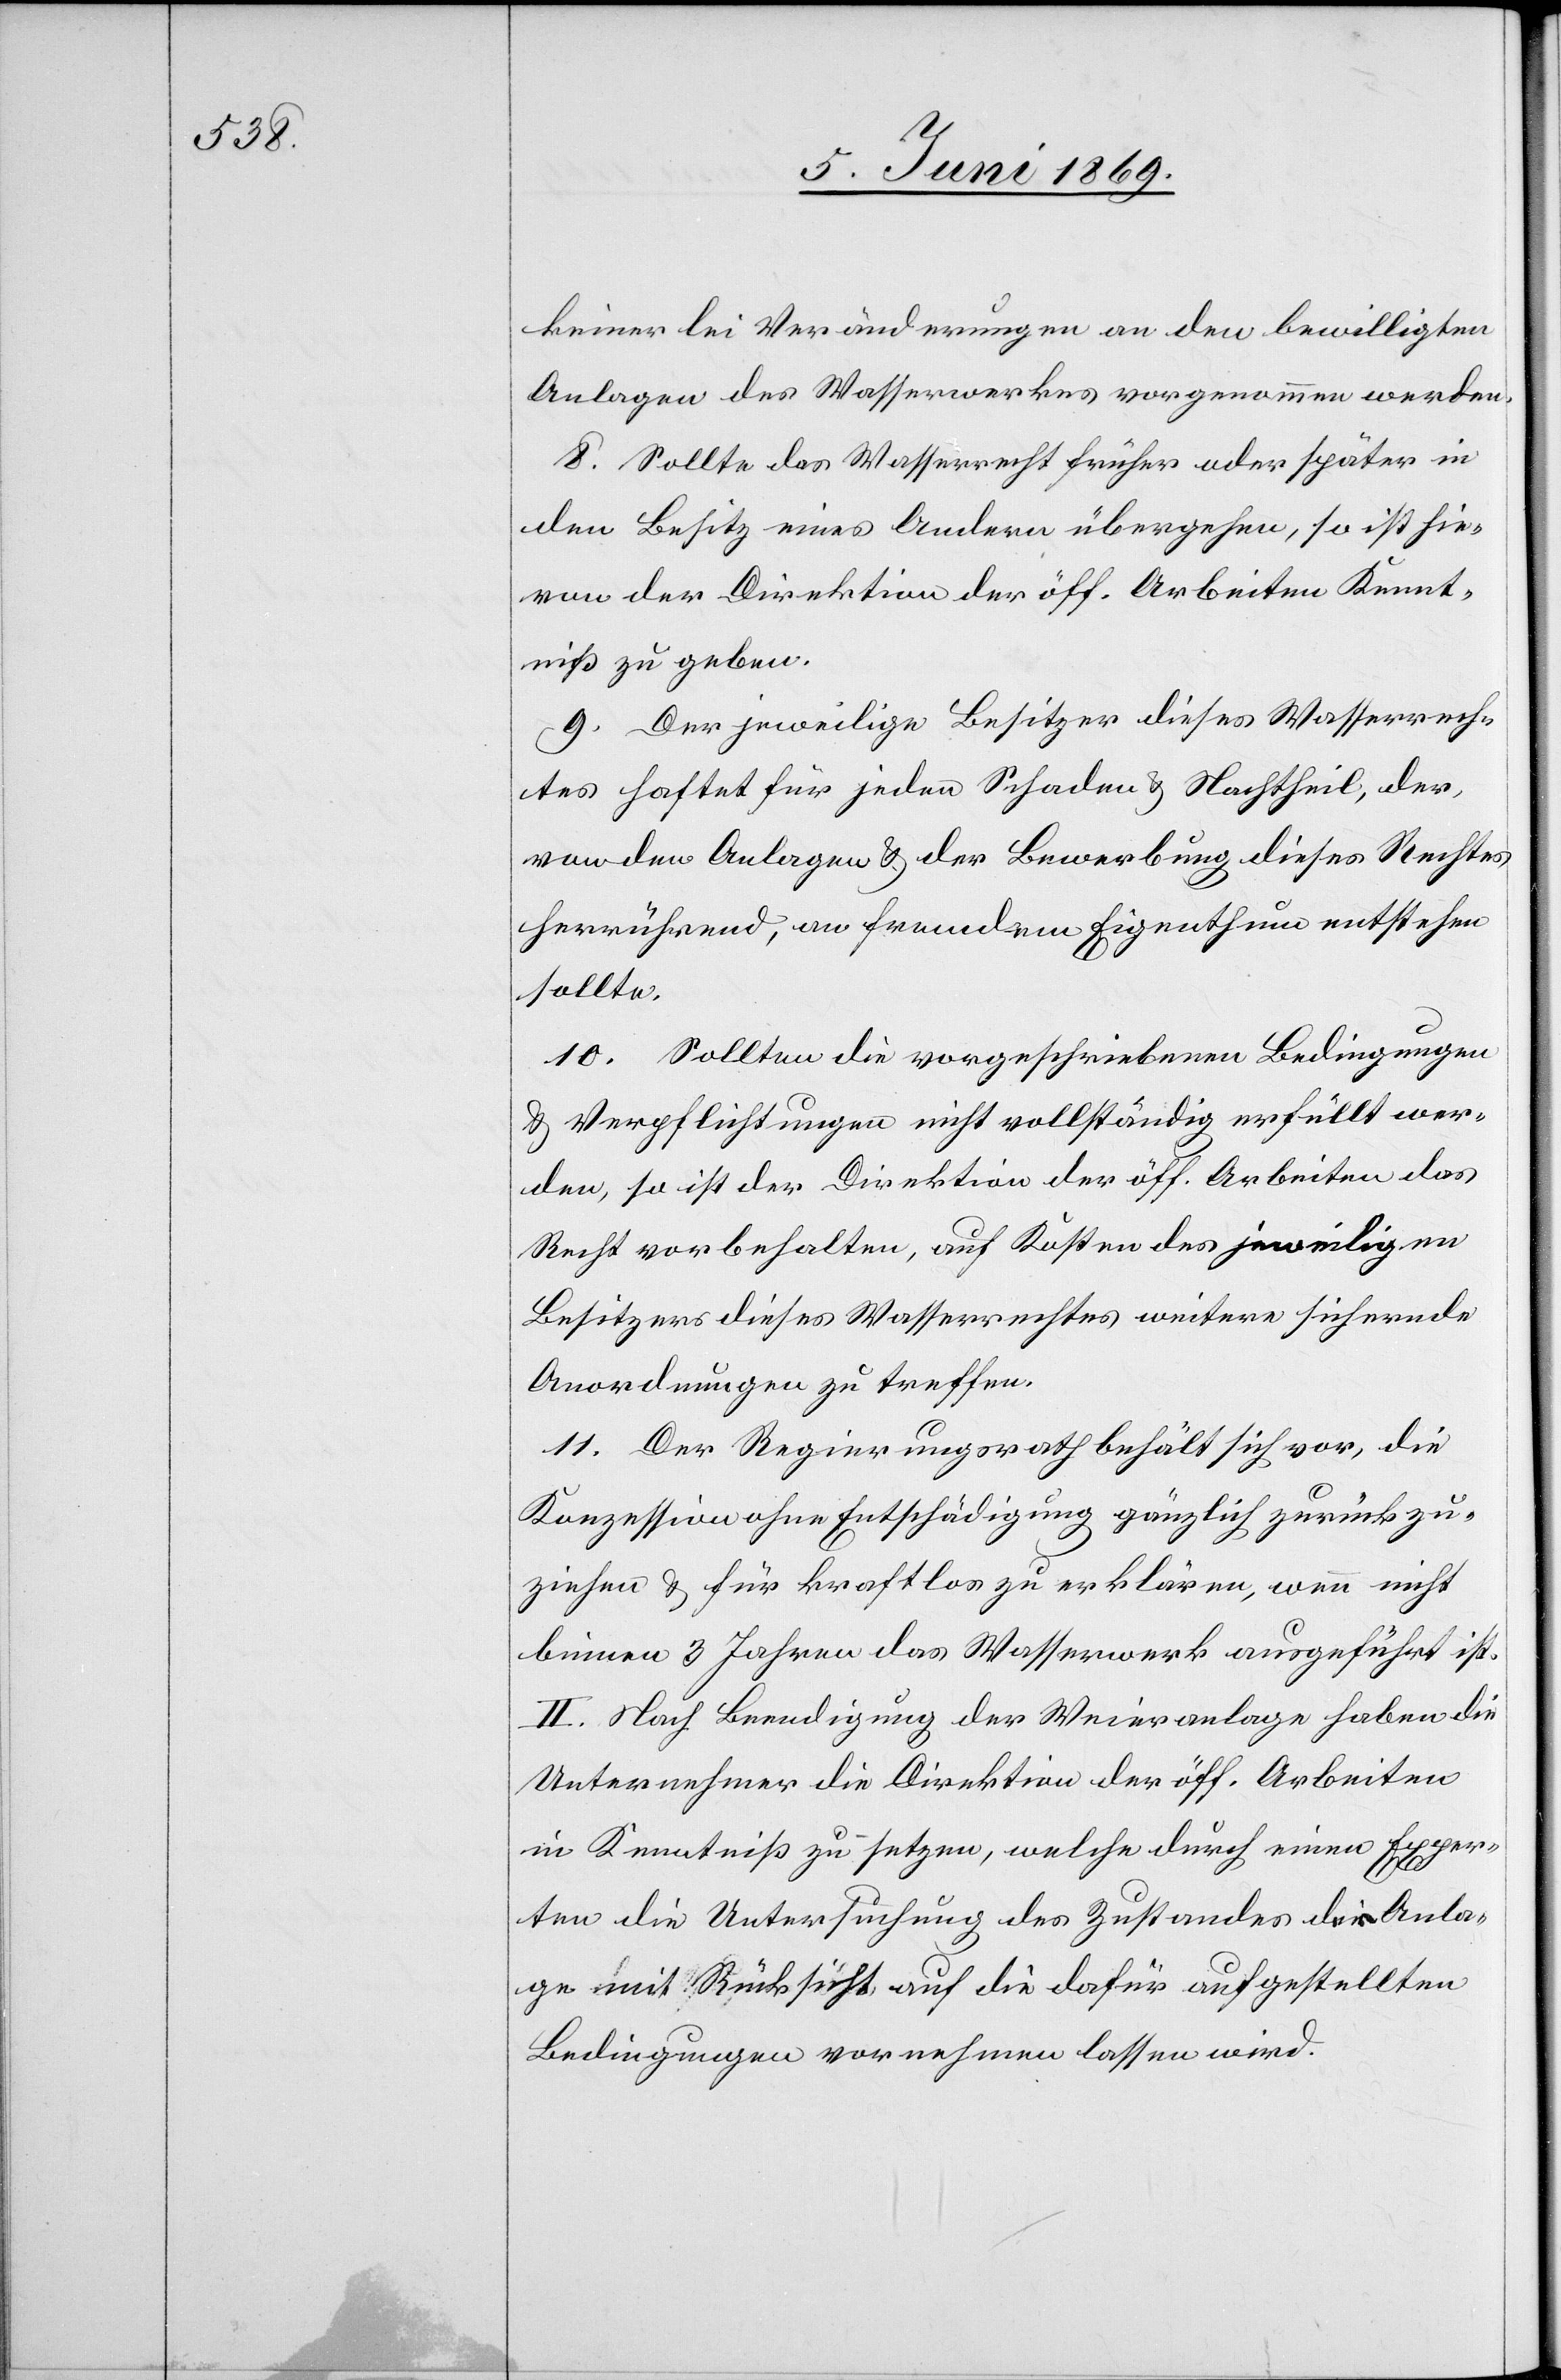
keinerlei Veränderungen an den bewilligten
Anlagen des Wasserwerkes vorgenommen werden.
8. Sollte das Wasserrecht früher oder später in
den Besitz eines Andern übergehen, so ist hie¬
von der Direktion der öff. Arbeiten Kennt¬
niß zu geben.
9. Der jeweilige Besitzer dieses Wasserrech¬
tes haftet für jeden Schaden u. Nachtheil, der,
von den Anlagen u. der Bewerbung dieses Rechtes
herrührend, an fremdem Eigenthum entstehen
sollte.
10. Sollten die vorgeschriebenen Bedingungen
u. Verpflichtungen nicht vollständig erfüllt wer¬
den, so ist der Direktion der öff. Arbeiten das
Recht vorbehalten, auf Kosten des jeweiligen
Besitzers dieses Wasserrechtes weitere sichernde
Anordnungen zu treffen.
11. Der Regierungsrath behält sich vor, die
Konzession ohne Entschädigung gänzlich zurückzu¬
ziehen u. für kraftlos erklären, wenn nicht
binnen 3 Jahren das Wasserwerk ausgeführt ist.
II. Nach Beendigung der Weieranlage haben die
Unternehmer die Direktion der öff. Arbeiten
in Kenntniß zu setzen, etwelche durch einen Exper¬
ten die Untersuchung des Zustandes der Anla¬
ge mit Rücksicht auf die dafür aufgestellten
Bedingungen vornehmen lassen wird.